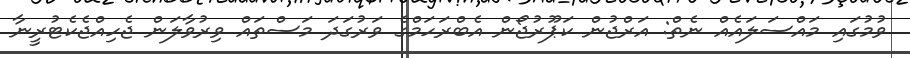
ވުމުގައި މައްސަލައެއް ނެތް: އަރްޖުން ކަޕޫރުޖޯން އެބްރަހަމްގެ ވަރުގަދަ މަސްތައް ވިރުވާލަން ޖެހިއްޖެކެޓުރީނާ